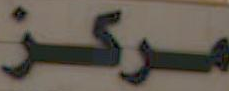
مركز